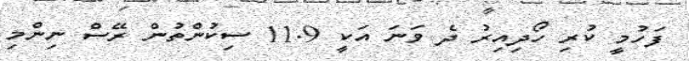
ފަހުމީ ކުރި ހޯދިއިރު ދެ ވަނަ އަކީ 11.9 ސިކުންތުން ރޭސް ނިންމި